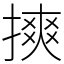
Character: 摤